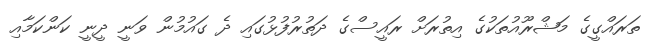
ތަރައްގީގެ މަޝްރޫއުތަކުގެ އިތުރަށް ރައީސްގެ ދަތުރުފުޅުގައި ދެ ގައުމުން ވަނީ ދީނީ ކަންކަމާއި